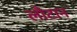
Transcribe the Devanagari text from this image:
लौटान